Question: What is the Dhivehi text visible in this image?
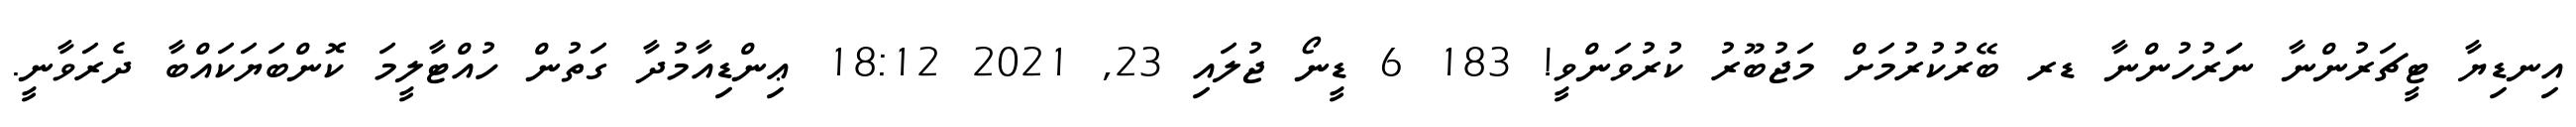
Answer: އިނޑިޔާ ޓީޗަރުންނާ ނަަރުހުންނާ ޑރ ބޭރުކުރުމަށް މަޖުބޫރު ކުރުވަންވީ! 183 6 ޑީނޯ ޖުލައި 23, 2021 18:12 ޢިންޑިއާމުދާ ގަތުން ހުއްޓާލީމަ ކޮންބަޔަކައްބާ ދެރަވާނީ.